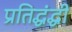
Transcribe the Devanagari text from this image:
प्रतिद्धंद्धी